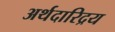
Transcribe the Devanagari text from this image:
अर्थदारिद्रय